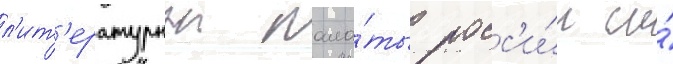
л'ит'ературнои пала́ты росс'и́и и́